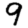
Digit: 9